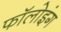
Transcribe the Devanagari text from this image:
फाॅलोइंग